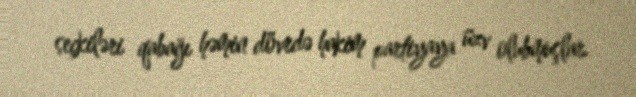
seçkiləri qabağı həmin dövrdə hakim partiyaya üzv olubmuşlar.